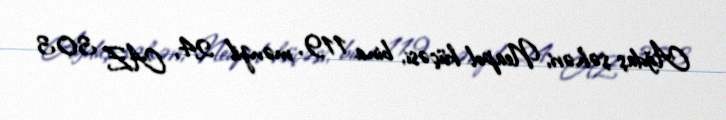
Ağdaş şəhəri, Neapol küçəsi, bina 119, mənzil 24, AZ 303